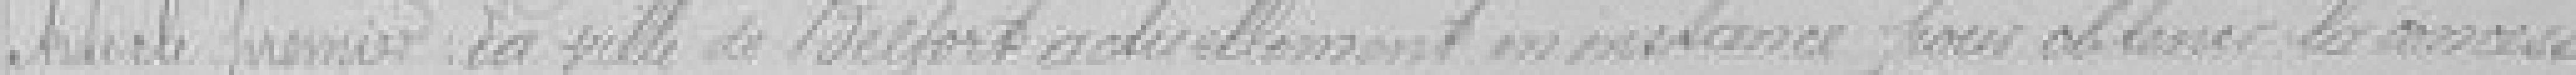
Article premier. la ville de Belfort actuellement en instance pour obtenir la concession